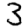
Digit: 3